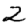
Digit: 2